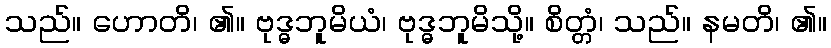
သည်။ ဟောတိ၊ ၏။ ဗုဒ္ဓဘူမိယံ၊ ဗုဒ္ဓဘူမိသို့။ စိတ္တံ၊ သည်။ နမတိ၊ ၏။